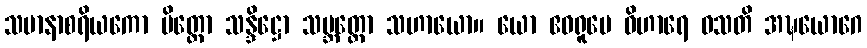
သမာနာစရိယကော မိတ္တော သန္ဒိဋ္ဌော သမ္ဘတ္တော သဟာယော။ ယော ဧဝရူပေ ဝိဟာရေ ဝသတိ အဍ္ဎယောဂေ